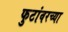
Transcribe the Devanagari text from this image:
फुटांवरच्या